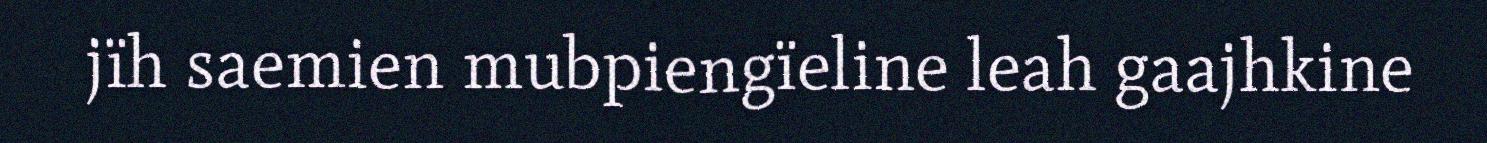
jïh saemien mubpiengïeline leah gaajhkine